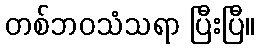
တစ်ဘဝသံသရာ ပြီးပြီ။